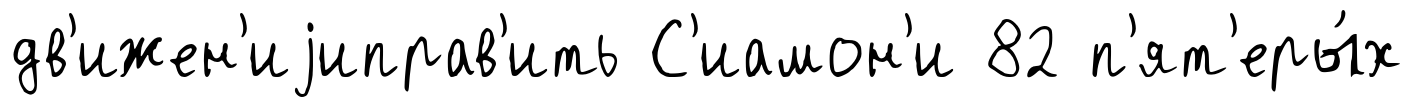
дв'ижен'иjиправ'ить С'иамон'и 82 п'ят'еры́х